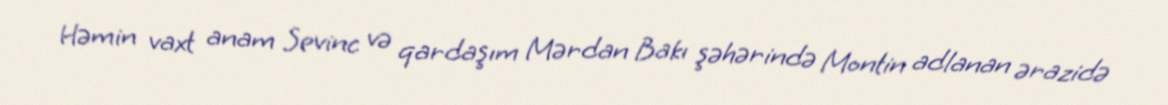
Həmin vaxt anam Sevinc və qardaşım Mərdan Bakı şəhərində Montin adlanan ərazidə